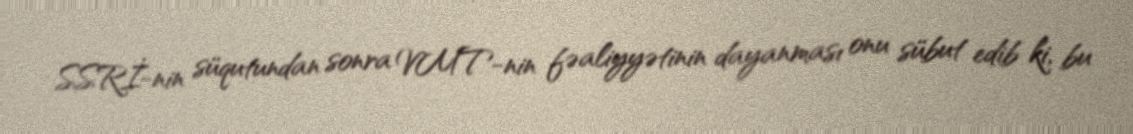
SSRİ-nin süqutundan sonra VMT-nin fəaliyyətinin dayanması onu sübut edib ki, bu